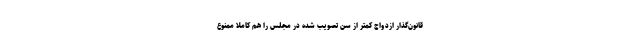
قانون‌گذار ازدواج کمتر از سن تصویب شده در مجلس را هم کاملاً ممنوع